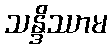
သန္ဒိဿာမ